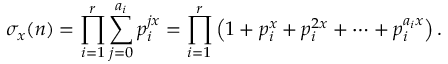
\sigma _ { x } ( n ) = \prod _ { i = 1 } ^ { r } \sum _ { j = 0 } ^ { a _ { i } } p _ { i } ^ { j x } = \prod _ { i = 1 } ^ { r } \left( 1 + p _ { i } ^ { x } + p _ { i } ^ { 2 x } + \cdots + p _ { i } ^ { a _ { i } x } \right) .